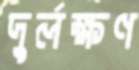
দুর্লক্ষণ